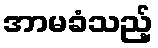
အာမခံသည့်